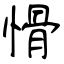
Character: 愲